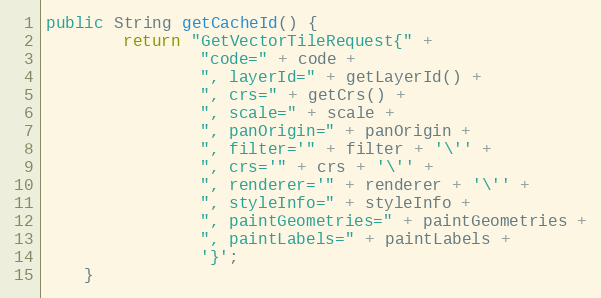
Language: Java
public String getCacheId() {
		return "GetVectorTileRequest{" +
				"code=" + code +
				", layerId=" + getLayerId() +
				", crs=" + getCrs() +
				", scale=" + scale +
				", panOrigin=" + panOrigin +
				", filter='" + filter + '\'' +
				", crs='" + crs + '\'' +
				", renderer='" + renderer + '\'' +
				", styleInfo=" + styleInfo +
				", paintGeometries=" + paintGeometries +
				", paintLabels=" + paintLabels +
				'}';
	}